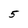
Character: 5